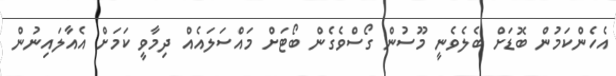
އެހެންކަމުން ބޮޑަށް ބެލެވެނީ މޫސުން ގޯސްވެގެން ބޯޓަށް މައްސަލައެއް ދިމާވީ ކަމަށް އެއާލައިނުން